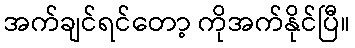
အက်ချင်ရင်တော့ ကိုအက်နိုင်ပြီ။